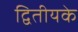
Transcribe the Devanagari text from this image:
द्वितीयके